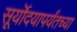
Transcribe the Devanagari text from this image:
सूर्यॊदयापर्यंतच्या